Report on the lunatic asylums in Bengal - 1862-
Year: 1862
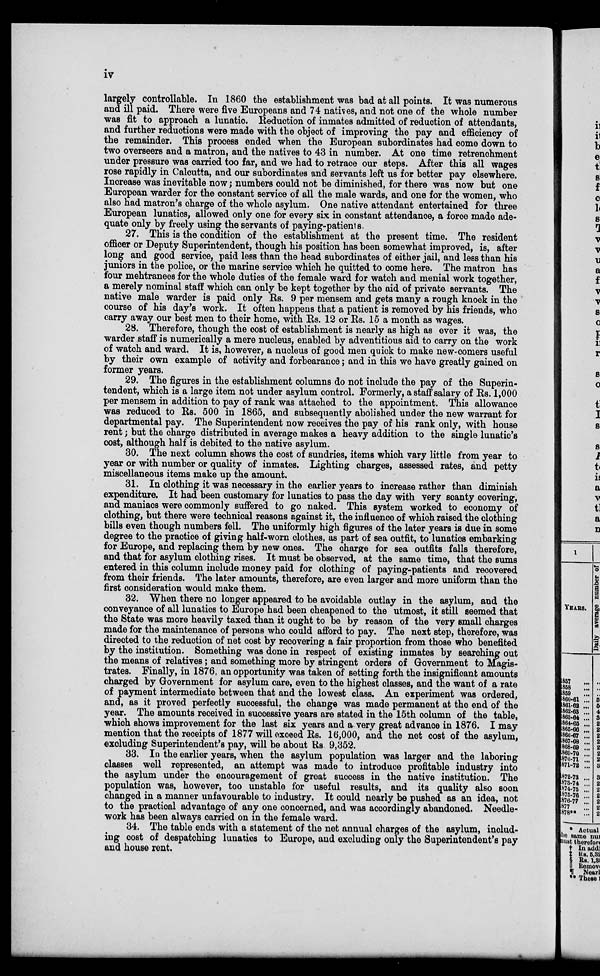
iv
largely controllable. In 1860 the establishment was bad at all points. It was numerous
and ill paid. There were five Europeans and 74 natives, and not one of the whole number
was fit to approach a lunatic. Reduction of inmates admitted of reduction of attendants,
and further reductions were made with the object of improving the pay and efficiency of
the remainder. This process ended when the European subordinates had come down to
two overseers and a matron, and the natives to 43 in number. At one time retrenchment
under pressure was carried too far, and we had to retrace our steps. After this all wages
rose rapidly in Calcutta, and our subordinates and servants left us for better pay elsewhere.
Increase was inevitable now; numbers could not be diminished, for there was now but one
European warder for the constant service of all the male wards, and one for the women, who
also had matron's charge of the whole asylum. One native attendant entertained for three
European lunatics, allowed only one for every six in constant attendance, a force made ade-
quate only by freely using the servants of paying-patients.
27. This is the condition of the establishment at the present time. The resident
officer or Deputy Superintendent, though his position has been somewhat improved, is, after
long and good service, paid less than the head subordinates of either jail, and less than his
juniors in the police, or the marine service which he quitted to come here. The matron has
four mehtranees for the whole duties of the female ward for watch and menial work together,
a merely nominal staff which can only be kept together by the aid of private servants. The
native male warder is paid only Rs. 9 per mensem and gets many a rough knock in the
course of his day's work. It often happens that a patient is removed by his friends, who
carry away our best men to their home, with Rs. 12 or Rs. 15 a month as wages.
28. Therefore, though the cost of establishment is nearly as high as ever it was, the
warder staff is numerically a mere nucleus, enabled by adventitious aid to carry on the work
of watch and ward. It is, however, a nucleus of good men quick to make new-comers useful
by their own example of activity and forbearance; and in this we have greatly gained on
former years.
29. The figures in the establishment columns do not include the pay of the Superin-
tendent, which is a large item not under asylum control. Formerly, a staff salary of Rs. 1,000
per mensem in addition to pay of rank was attached to the appointment. This allowance
was reduced to Rs. 500 in 1865, and subsequently abolished under the new warrant for
departmental pay. The Superintendent now receives the pay of his rank only, with house
rent; but the charge distributed in average makes a heavy addition to the single lunatic's
cost, although half is debited to the native asylum.
30. The next column shows the cost of sundries, items which vary little from year to
year or with number or quality of inmates. Lighting charges, assessed rates, and petty
miscellaneous items make up the amount.
31. In clothing it was necessary in the earlier years to increase rather than diminish
expenditure. It had been customary for lunatics to pass the day with very scanty covering,
and maniacs were commonly suffered to go naked. This system worked to economy of
clothing, but there were technical reasons against it, the influence of which raised the clothing
bills even though numbers fell. The uniformly high figures of the later years is due in some
degree to the practice of giving half-worn clothes, as part of sea outfit, to lunatics embarking
for Europe, and replacing them by new ones. The charge for sea outfits falls therefore,
and that for asylum clothing rises. It must be observed, at the same time, that the sums
entered in this column include money paid for clothing of paying-patients and recovered
from their friends. The later amounts, therefore, are even larger and more uniform than the
first consideration would make them.
32. When there no longer appeared to be avoidable outlay in the asylum, and the
conveyance of all lunatics to Europe had been cheapened to the utmost, it still seemed that
the State was more heavily taxed than it ought to be by reason of the very small charges
made for the maintenance of persons who could afford to pay. The next step, therefore, was
directed to the reduction of net cost by recovering a fair proportion from those who benefited
by the institution. Something was done in respect of existing inmates by searching out
the means of relatives; and something more by stringent orders of Government to Magis-
trates. Finally, in 1876, an opportunity was taken of setting forth the insignificant amounts
charged by Government for asylum care, even to the highest classes, and the want of a rate
of payment intermediate between that and the lowest class. An experiment was ordered,
and, as it proved perfectly successful, the change was made permanent at the end of the
year. The amounts received in successive years are stated in the 15th column of the table,
which shows improvement for the last six years and a very great advance in 1876. I may
mention that the receipts of 1877 will exceed Rs. 16,000, and the net cost of the asylum,
excluding Superintendent's pay, will be about Rs. 9,352.
33. In the earlier years, when the asylum population was larger and the laboring
classes well represented, an attempt was made to introduce profitable industry into
the asylum under the encouragement of great success in the native institution. The
population was, however, too unstable for useful results, and its quality also soon
changed in a manner unfavourable to industry. It could nearly be pushed as an idea, not
to the practical advantage of any one concerned, and was accordingly abandoned. Needle-
work has been always carried on in the female ward.
34. The table ends with a statement of the net annual charges of the asylum, includ-
ing cost of despatching lunatics to Europe, and excluding only the Superintendent's pay
and house rent.